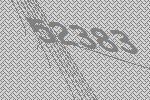
52383